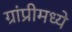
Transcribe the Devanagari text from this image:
ग्रांप्रीमध्ये